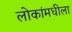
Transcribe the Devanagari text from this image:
लोकांमधीला